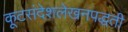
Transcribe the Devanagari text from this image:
कूटसंदेशलेखनपद्धती